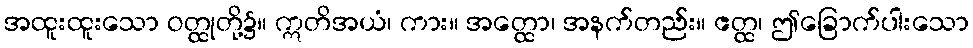
အထူးထူးသော ဝတ္ထုတို့၌။ ဣတိအယံ၊ ကား။ အတ္ထော၊ အနက်တည်း။ ဧတ္ထ၊ ဤခြောက်ပါးသော